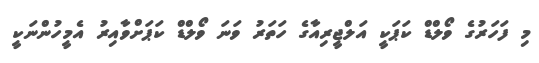
މި ފަހަރުގެ ވޯލްޑް ކަޕަކީ އަލްޖީރިއާގެ ހަތަރު ވަނަ ވޯލްޑް ކަޕަށްވާއިރު އެމީހުންނަކީ